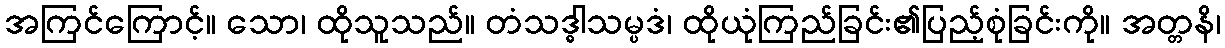
အကြင်ကြောင့်။ သော၊ ထိုသူသည်။ တံသဒ္ဓါသမ္ပဒံ၊ ထိုယုံကြည်ခြင်း၏ပြည့်စုံခြင်းကို။ အတ္တနိ၊